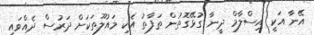
އޭނާ އަކީ އިސްލާމް ދީނާ ގުޅޭގޮތުން ތަފާތު އެކި މައުލޫތަކަށް ދަރުސް ދެއްވައި